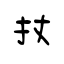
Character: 扙